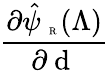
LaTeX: \frac{\partial\hat{\psi}_{\mathrm{~\tiny~R~}}(\Lambda)}{\partial{\mathrm{~d~}}}